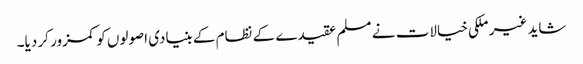
شاید غیر ملکی خیالات نے مسلم عقیدے کے نظام کے بنیادی اصولوں کو کمزور کر دیا۔